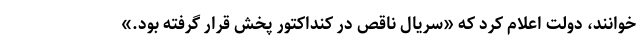
خوانند، دولت اعلام کرد که «سریال ناقص در کنداکتور پخش قرار گرفته بود.»